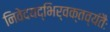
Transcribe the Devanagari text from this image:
निवेदयद्भिर्वक्तव्यंतैः